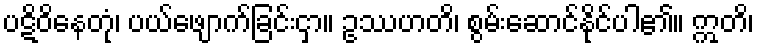
ပဋိဝိနေတုံ၊ ပယ်ဖျောက်ခြင်းငှာ။ ဥဿဟတိ၊ စွမ်းဆောင်နိုင်ပါ၏။ ဣတိ၊